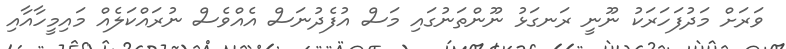
ވަރަށް މަދުފަހަރަކު ނޫނީ ރަނގަޅު ނޫންތަނުގައި މަސް އުފެދުނަސް އެއްވެސް ނުރައްކަލެއް މައިމީހާއާއި